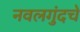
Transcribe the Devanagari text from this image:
नवलगुंदचे